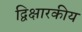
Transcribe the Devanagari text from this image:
द्विक्षारकीय